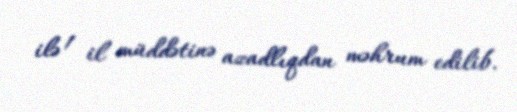
ilə 1 il müddətinə azadlıqdan məhrum edilib.